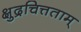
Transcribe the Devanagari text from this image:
क्षुद्रचित्तताम्